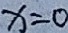
x = 0